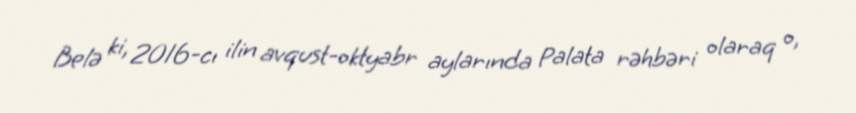
Belə ki, 2016-cı ilin avqust-oktyabr aylarında Palata rəhbəri olaraq o,